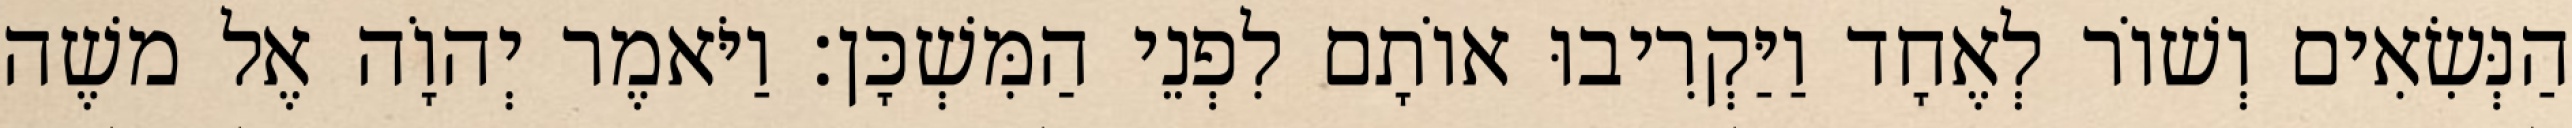
הַנְּשִׂאִים וְשׁוֹר לְאֶחָד וַיַּקְרִיבוּ אוֹתָם לִפְנֵי הַמִּשְׁכָּן׃ וַיֹּאמֶר יְהוָֹה אֶל משֶׁה